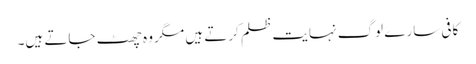
کافی سارے لوگ نہایت ظلم کرتے ہیں مگر وہ چھٹ جاتے ہیں۔